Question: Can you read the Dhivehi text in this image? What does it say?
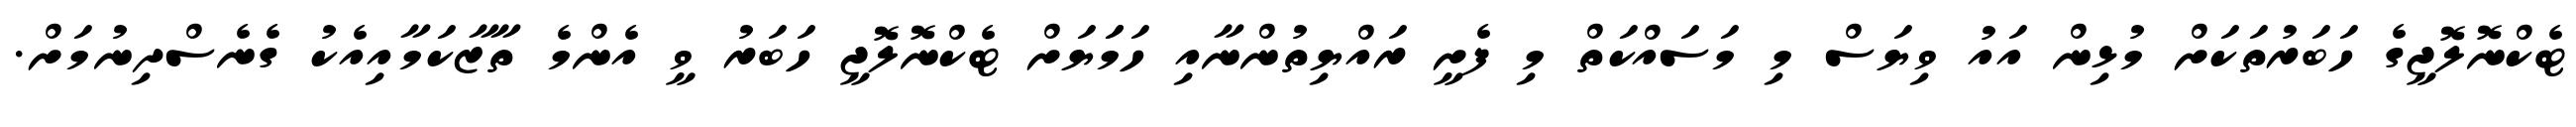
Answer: ޓެކްނޮލޮޖީގެ ހަބަރުތަކަށް މުޅިން އައު ވިޔަސް މި މަސައްކަތް މި ފެށީ ރައްޔިތުންނާއި ހަމަަޔަށް ޓެކްނޮލޮޖީ ހަބަރު ވީ އެންމެ ތާޒާކަމާއިއެކު ގެނެސްދިނުމަށް.